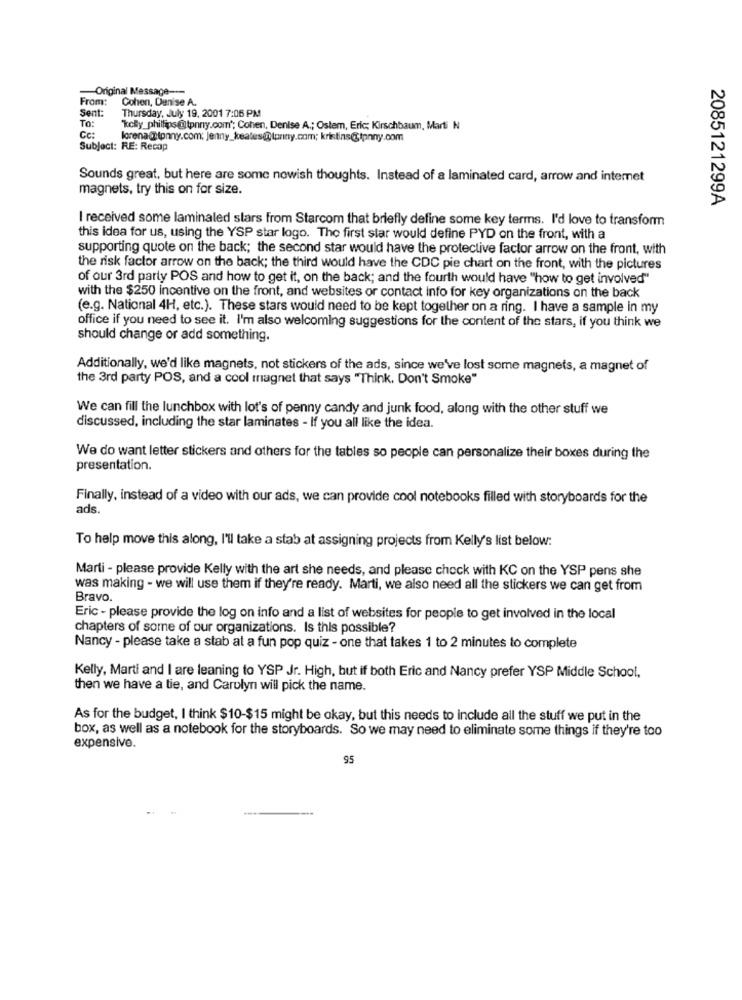
Original Message ---
From:
Cohen, Denise A.
Sent:
To:
Thursday, July 19, 2001 7:06 PM
"kelly_phillips@tpnny.com"; Cohen, Denise A .; Ostem, Eric; Kirschbaum, Marti N
Cc:
lorena@tonny.com; Jenny_keales@tpniny.com; kristins@Ipnny.com
Subject: RE: Recap
Sounds great, but here are some nowish thoughts. Instead of a laminated card, arrow and internet
magnets, try this on for size.
2085121299A
I received some laminaled stars from Starcom that briefly define some key terms. I'd love to transform
this idea for us, using the YSP star logo. The first star would define PYD on the front, with a
supporting quote on the back; the second star would have the protective factor arrow on the front, with
the risk factor arrow on the back; the third would have the CDC pie chart on the front, with the pictures
of our 3rd party POS and how to get it, on the back; and the fourth would have "how to get involved"
with the $250 incentive on the front, and websites or contact Info for key organizations on the back
(e.g. National 4H, etc.). These stars would need to be kept together on a ring. I have a sample in my
office if you need to see it. I'm also welcoming suggestions for the content of the stars, if you think we
should change or add something.
Additionally, we'd like magnets, not stickers of the ads, since we've lost some magnets, a magnet of
the 3rd party POS, and a cool magnet that says "Think. Don't Smoke"
We can fill the lunchbox with lot's of penny candy and junk food, along with the other stuff we
discussed, including the star laminates - If you all like the idea.
We do want letter stickers and others for the tables so people can personalize their boxes during the
presentation.
Finally, instead of a video with our ads, we can provide cool notebooks filled with storyboards for the
ads.
To help move this along, I'll take a stab at assigning projects from Kelly's list below:
Marti - please provide Kelly with the art she needs, and please check with KC on the YSP pens she
was making - we will use them if they're ready. Marti, we also need all the stickers we can get from
Bravo.
Eric - please provide the log on info and a list of websites for people to get involved in the local
chapters of some of our organizations. Is this possible?
Nancy - please take a stab at a fun pop quiz - one that takes 1 to 2 minutes to complete
Kelly, Marti and I are leaning to YSP Jr. High, but if both Eric and Nancy prefer YSP Middle School,
then we have a tie, and Carolyn will pick the name.
As for the budget, I think $10-$15 might be okay, but this needs to include all the stuff we put in the
box, as well as a notebook for the storyboards. So we may need to eliminate some things if they're too
expensive.
95